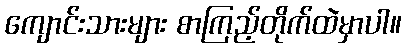
ကျောင်းသားများ စာကြည့်တိုက်ထဲမှာပါ။